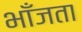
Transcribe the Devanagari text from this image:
भाँजता